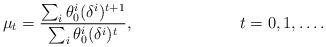
LaTeX: \begin{align*}\mu_t = \frac{\sum_i\theta_0^i(\delta^i)^{t+1}}{\sum_i \theta_0^i(\delta^i)^t}, & & t=0,1,\ldots.\end{align*}